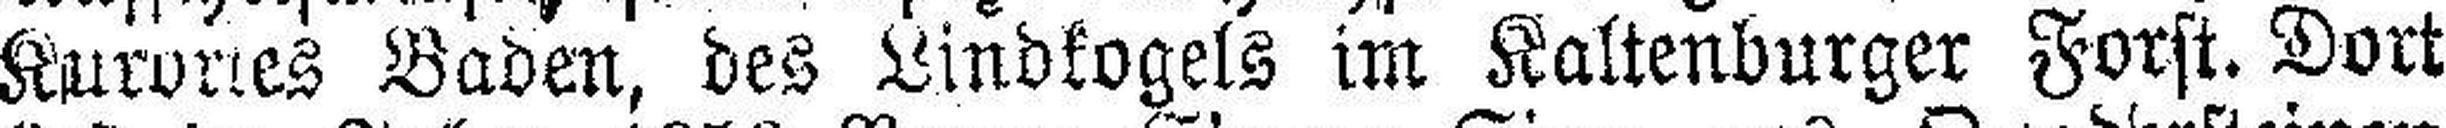
Kurortes Baden, des Lindkogels im Kaltenburger Forst. Dort